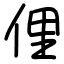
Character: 俚